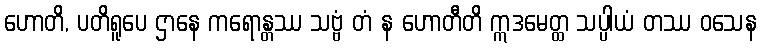
ဟောတိ, ပတိရူပေ ဌာနေ ကရောန္တဿ သဗ္ဗံ တံ န ဟောတီတိ ဣဒမေတ္ထ သပ္ပါယံ တဿ ဝသေန